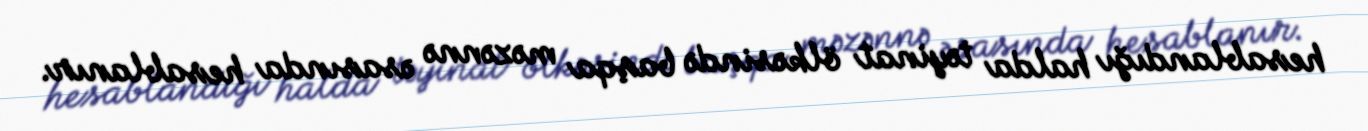
hesablandığı halda təyinat ölkəsində başqa məzənnə əsasında hesablanır.